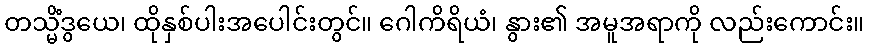
တသ္မိံဒွယေ၊ ထိုနှစ်ပါးအပေါင်းတွင်။ ဂေါကိရိယံ၊ နွား၏ အမူအရာကို လည်းကောင်း။